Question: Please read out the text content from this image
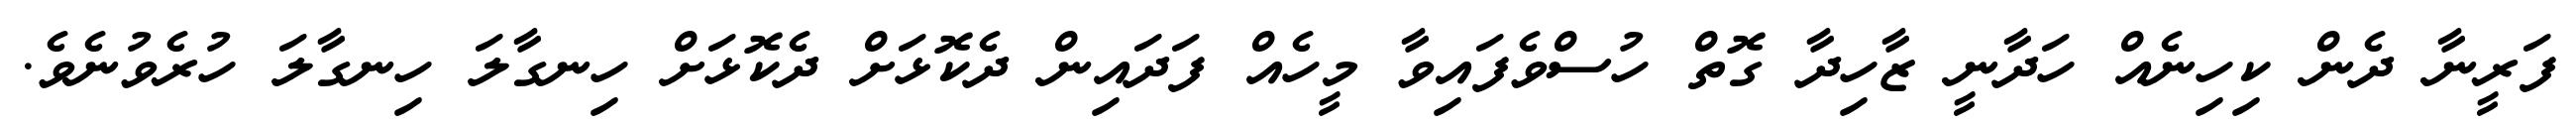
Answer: ފަރީނާ ދެން ކިހިނެއް ހަދާނީ ޒާހިދާ ގޮތް ހުސްވެފައިވާ މީހެއް ފަދައިން ދެކޮޅަށް ދެކޮޅަށް ހިނގާލަ ހިނގާލަ ހުރެވުނެވެ.